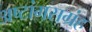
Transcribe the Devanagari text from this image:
अष्टांगसग्रंह